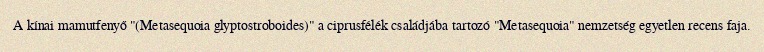
A kínai mamutfenyő "(Metasequoia glyptostroboides)" a ciprusfélék családjába tartozó "Metasequoia" nemzetség egyetlen recens faja.